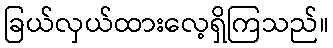
ခြယ်လှယ်ထားလေ့ရှိကြသည်။